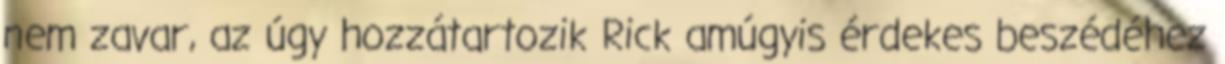
nem zavar, az úgy hozzátartozik Rick amúgyis érdekes beszédéhez